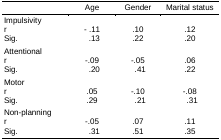
|  | Age | Gender | Marital status |
 | --- | --- | --- | --- |
 | Impulsivity |  |  |  |
 | r | - .11 | .10 | .12 |
 | Sig. | .13 | .22 | .20 |
 | Attentional |  |  |  |
 | r | -.09 | -.05 | .06 |
 | Sig. | .20 | .41 | .22 |
 | Motor |  |  |  |
 | r | .05 | -.10 | -.08 |
 | Sig. | .29 | .21 | .31 |
 | Non-planning |  |  |  |
 | r | -.05 | .07 | .11 |
 | Sig. | .31 | .51 | .35 |